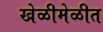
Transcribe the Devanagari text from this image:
खेळीमेळीत